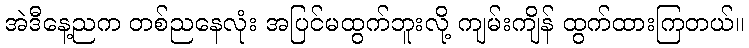
အဲဒီနေ့ညက တစ်ညနေလုံး အပြင်မထွက်ဘူးလို့ ကျမ်းကျိန် ထွက်ထားကြတယ်။